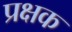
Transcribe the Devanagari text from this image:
प्रक्षक